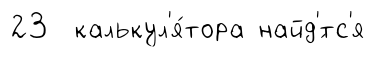
23 калькул'я́тора найд'́тс'я